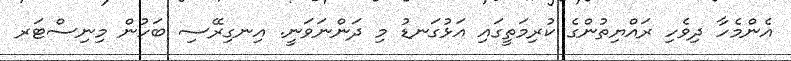
އެންމެހާ ދިވެހި ރައްޔިތުންގެ ކުރިމަތީގައި އަޅުގަނޑު މި ދަންނަވަނީ. އިނގިރޭސި ބަހުން މިނިސްޓަރ